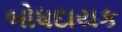
બોધદાયક